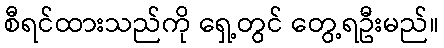
စီရင်ထားသည်ကို ရှေ့တွင် တွေ့ရဦးမည်။